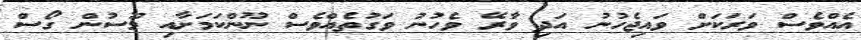
އެއްވެސް ވަރަކަށް ވައިޖެހުނު އަދި ވާރޭ ވެހުނު ވަގުތެއްވެސް ނޫންކަމަށާއި މޫސުން ގޯސް